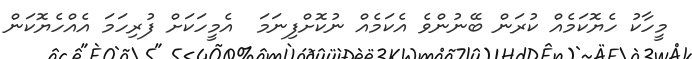
މީހާކު ހެޔޮކަމެއް ކުރަން ބޭނުންވެ އެކަމެއް ނުކޮށްފިނަމަ  އެމީހަކަށް ފުރިހަމަ އެއްހެޔޮކަން